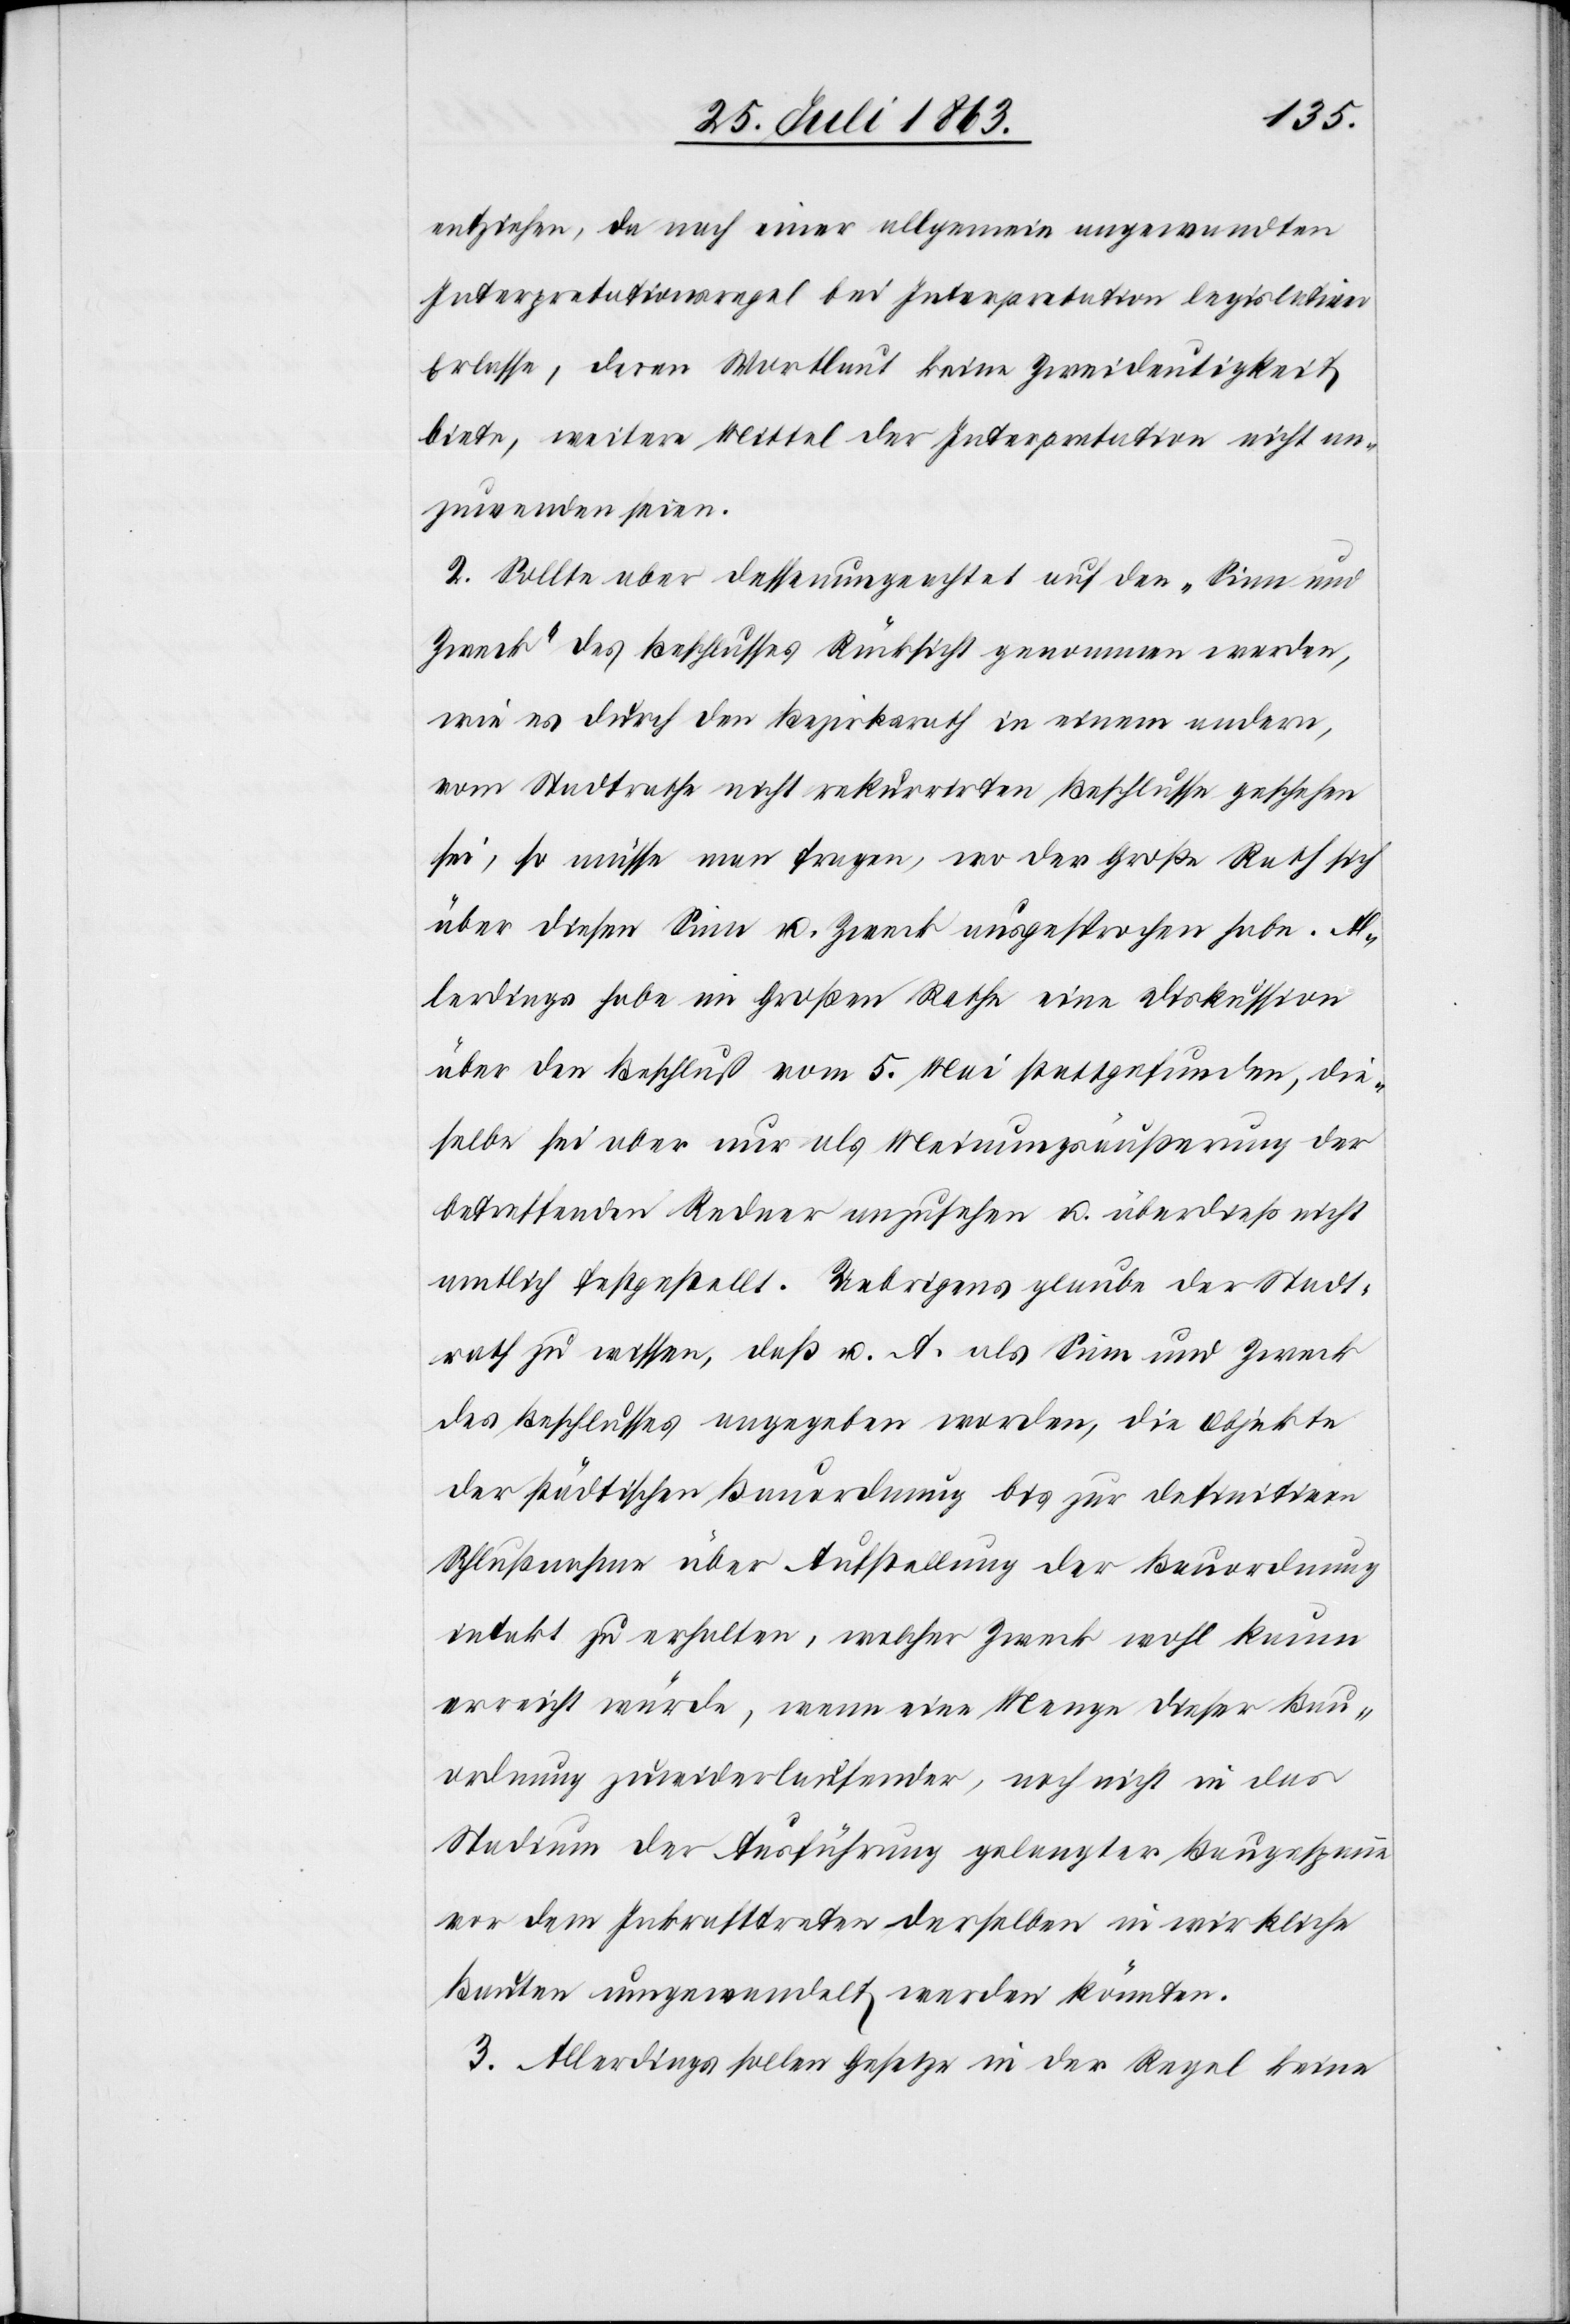
entziehen, da nach einer allgemein angewandten
Interpretationsregel bei Interpretation legislativer
Erlasse, deren Wortlaut keine Zweideutigkeit
biete, weitere Mittel der Interpretation nicht an¬
zuwenden seien.
2. Sollte aber dessenungeachtet auf den „Sinn und
Zweck“ des Beschlusses Rücksicht genommen werden,
wie es durch den Bezirksrath in einem andern,
vom Stadtrathe nicht rekurrirten Beschlusse geschehen
sei, so müsse man fragen, wo der Große Rath sich
über diesen Sinn u. Zweck ausgesprochen habe. Al¬
lerdings habe im Großen Rathe eine Diskussion
über den Beschluß vom 5. Mai stattgefunden, die¬
selbe sei aber nur als Meinungsäußerung der
betreffenden Redner anzusehen u. überdieß nicht
amtlich festgestellt. Uebrigens glaube der Stadt¬
rath zu wissen, daß u. A. als Sinn und Zweck
des Beschlusses angegeben worden, die Objekte
der städtischen Bauordnung bis zur definitiven
Schlußnahme über Aufstellung der Bauordnung
intakt zu erhalten, welcher Zweck wohl kaum
erreicht würde, wenn eine Menge dieser Bau¬
ordnung zuwiderlaufender, noch nicht in das
Stadium der Ausführung gelangter Baugespanne
vor dem Inkrafttreten derselben in wirkliche
Bauten umgewandelt werden könnten.
3. Allerdings sollen Gesetze in der Regel keine